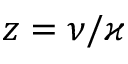
z = \nu / \varkappa